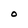
Character: O